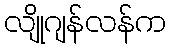
လျိုဂျန်လန်က